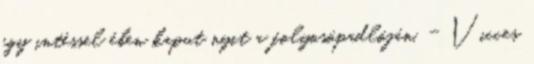
egy intéssel ében kaput nyit a folyosópadlóján. - Vicces